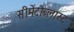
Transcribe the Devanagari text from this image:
सीमेंटोब्लास्ट